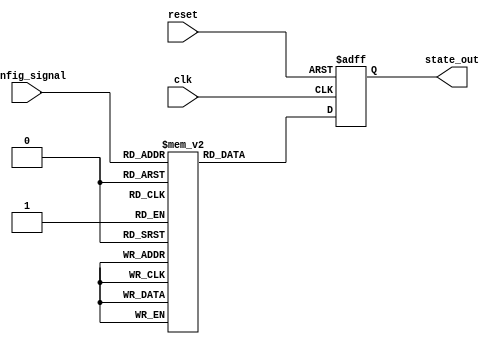
module ConfigurableInitialConditions (
    input wire [3:0] config_signal,   // Configuration signal (4-bit for 16 states)
    input wire reset,                  // Reset signal (active-high)
    input wire clk,                    // Clock signal
    output reg [7:0] state_out         // State outputs (8-bit)
);

// Define the default state and the initial conditions
parameter DEFAULT_STATE = 8'b00000000; // Default state when reset is asserted

// Define the initial conditions based on the configuration signal
reg [7:0] initial_conditions [0:15]; // Array for 16 different initial conditions

// Initial block to set up initial conditions
initial begin
    initial_conditions[0] = 8'b00000001; // Condition 0
    initial_conditions[1] = 8'b00000010; // Condition 1
    initial_conditions[2] = 8'b00000011; // Condition 2
    initial_conditions[3] = 8'b00000100; // Condition 3
    initial_conditions[4] = 8'b00000101; // Condition 4
    initial_conditions[5] = 8'b00000110; // Condition 5
    initial_conditions[6] = 8'b00000111; // Condition 6
    initial_conditions[7] = 8'b00001000; // Condition 7
    initial_conditions[8] = 8'b00001001; // Condition 8
    initial_conditions[9] = 8'b00001010; // Condition 9
    initial_conditions[10] = 8'b00001011; // Condition 10
    initial_conditions[11] = 8'b00001100; // Condition 11
    initial_conditions[12] = 8'b00001101; // Condition 12
    initial_conditions[13] = 8'b00001110; // Condition 13
    initial_conditions[14] = 8'b00001111; // Condition 14
    initial_conditions[15] = 8'b00010000; // Condition 15
end

// Sequential logic to handle reset and state updates
always @(posedge clk or posedge reset) begin
    if (reset) begin
        // Load the default state on reset
        state_out <= DEFAULT_STATE;
    end else begin
        // Update the state based on the configuration signal
        state_out <= initial_conditions[config_signal];
    end
end

endmodule